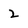
Character: 2